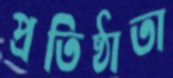
প্রতিষ্ঠাতা